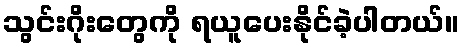
သွင်းဂိုးတွေကို ရယူပေးနိုင်ခဲ့ပါတယ်။